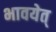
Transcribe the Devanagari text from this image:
भावयेत्‌